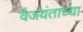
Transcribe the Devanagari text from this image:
वैजयंताच्या